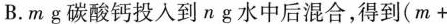
B.mg碳酸钙投入到ng水中后混合，得到$$( m +